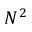
N ^ { 2 }